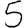
Digit: 5